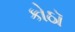
કોઠૉ